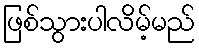
ဖြစ်သွားပါလိမ့်မည်